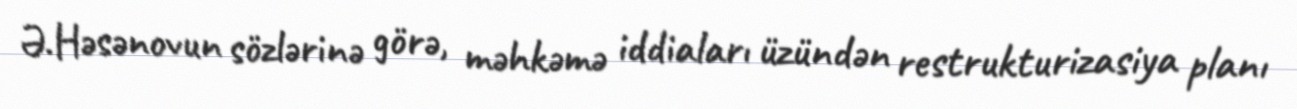
Ə.Həsənovun sözlərinə görə, məhkəmə iddiaları üzündən restrukturizasiya planı